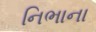
નિભાના